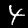
Label: 4